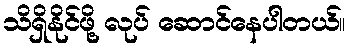
သိရှိနိုင်ဖို့ လုပ် ဆောင်နေပါတယ်။